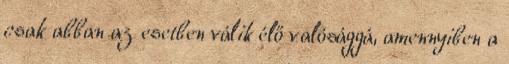
csak abban az esetben válik élő valósággá, amennyiben a